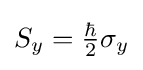
{\textstyle S_{y}={\frac {\hbar }{2}}\sigma _{y}}